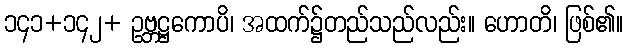
၁၄၁+၁၄၂+ ဥဗ္ဘဋ္ဌကောပိ၊ အထက်၌တည်သည်လည်း။ ဟောတိ၊ ဖြစ်၏။